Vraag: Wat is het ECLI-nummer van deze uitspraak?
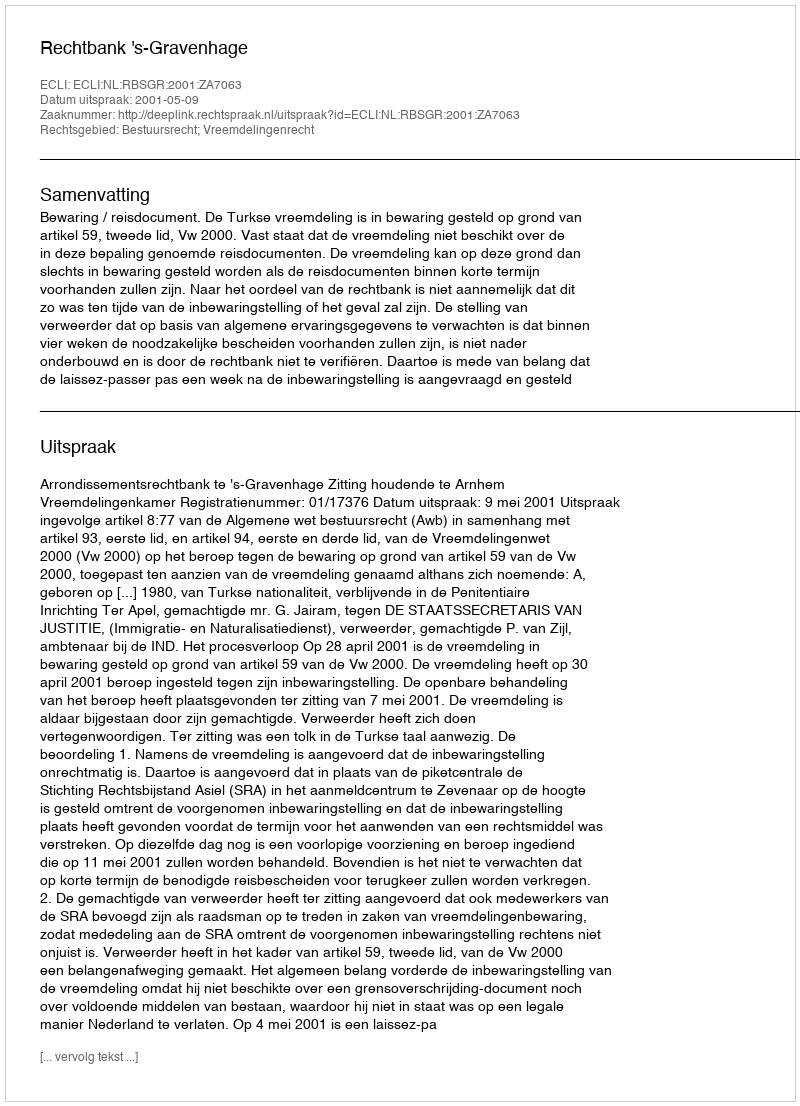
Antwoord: ECLI:NL:RBSGR:2001:ZA7063